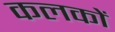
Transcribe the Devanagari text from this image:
कलकों